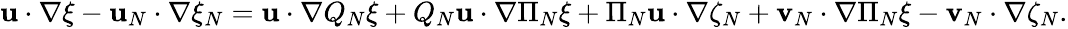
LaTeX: \begin{array}{r}{\mathbf{u}\cdot\nabla\xi-\mathbf{u}_{N}\cdot\nabla\xi_{N}=\mathbf{u}\cdot\nabla Q_{N}\xi+Q_{N}\mathbf{u}\cdot\nabla\Pi_{N}\xi+\Pi_{N}\mathbf{u}\cdot\nabla\zeta_{N}+\mathbf{v}_{N}\cdot\nabla\Pi_{N}\xi-\mathbf{v}_{N}\cdot\nabla\zeta_{N}.}\end{array}